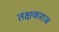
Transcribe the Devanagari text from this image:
तक्षकराज